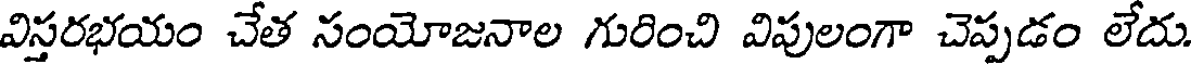
విస్తరభయం చేత సంయోజనాల గురించి విపులంగా చెప్పడం లేదు